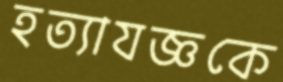
হত্যাযজ্ঞকে